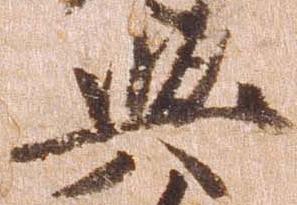
与